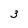
Character: 3